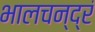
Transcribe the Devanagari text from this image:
भालचन्द्रं